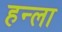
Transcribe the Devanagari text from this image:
हन्ला